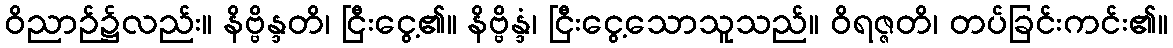
ဝိညာဉ်၌လည်း။ နိဗ္ဗိန္ဒတိ၊ ငြီးငွေ့၏။ နိဗ္ဗိန္ဒံ၊ ငြီးငွေ့သောသူသည်။ ဝိရဇ္ဇတိ၊ တပ်ခြင်းကင်း၏။